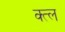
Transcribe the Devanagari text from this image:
क्त्ल